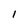
Character: I